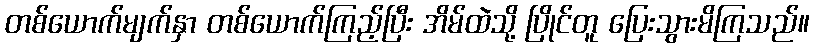
တစ်ယောက်မျက်နှာ တစ်ယောက်ကြည့်ပြီး အိမ်ထဲသို့ ပြိုင်တူ ပြေးသွားမိကြသည်။